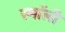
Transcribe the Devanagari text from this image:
स्माॅली